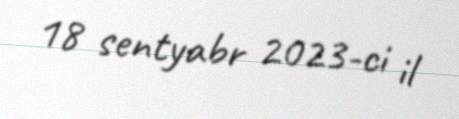
18 sentyabr 2023-ci il